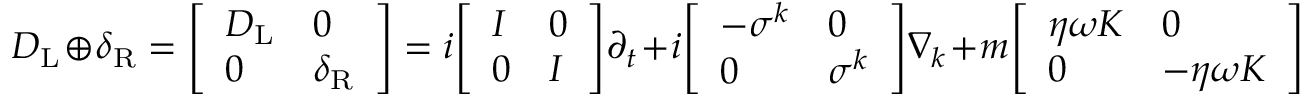
D _ { \mathrm { { L } } } \oplus \delta _ { \mathrm { { R } } } = { \left[ \begin{array} { l l } { D _ { \mathrm { { L } } } } & { 0 } \\ { 0 } & { \delta _ { \mathrm { { R } } } } \end{array} \right] } = i { \left[ \begin{array} { l l } { I } & { 0 } \\ { 0 } & { I } \end{array} \right] } \partial _ { t } + i { \left[ \begin{array} { l l } { - \sigma ^ { k } } & { 0 } \\ { 0 } & { \sigma ^ { k } } \end{array} \right] } \nabla _ { k } + m { \left[ \begin{array} { l l } { \eta \omega K } & { 0 } \\ { 0 } & { - \eta \omega K } \end{array} \right] }